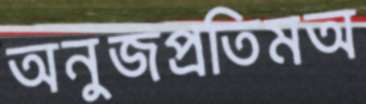
অনুজপ্রতিমঅ